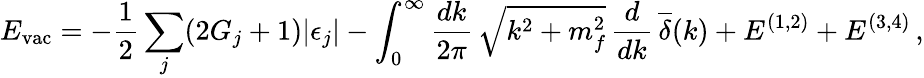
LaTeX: E_{\mathrm{vac}}=-\frac{1}{2}\sum_{j}(2G_{j}+1)|\epsilon_{j}|-\int_{0}^{\infty}\frac{dk}{2\pi}\, \sqrt{k^{2}+m_{f}^{2}}\, \frac{d}{dk}\, \overline{{{\delta}}}(k)+E^{(1,2)}+E^{(3,4)}\, ,